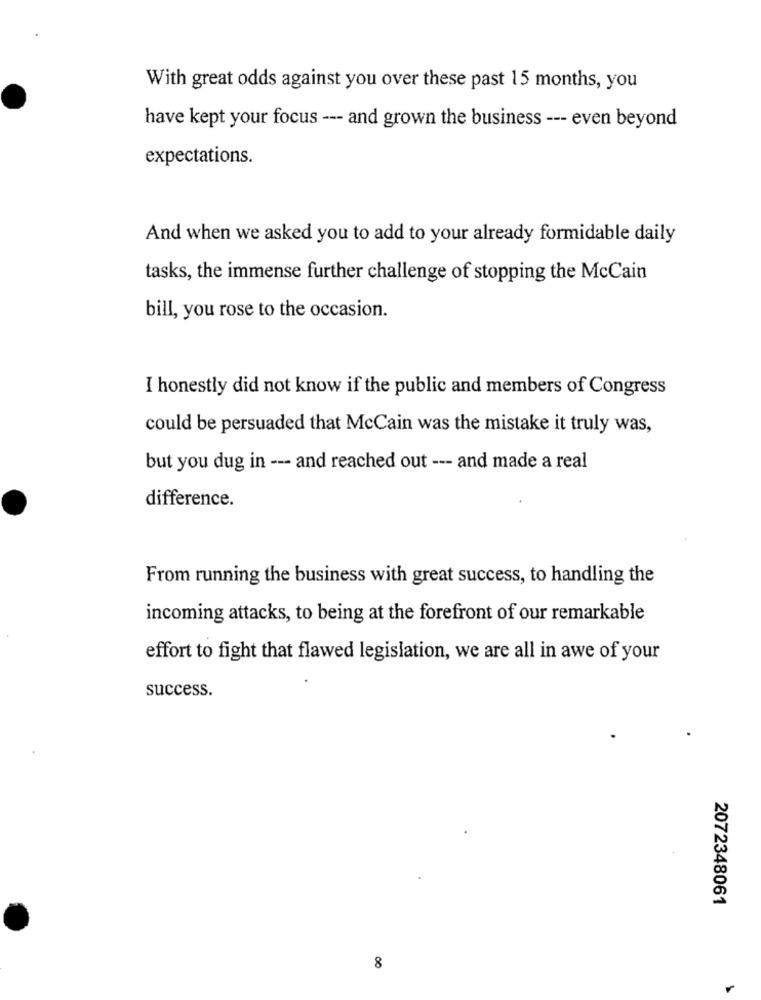
With great odds against you over these past 15 months, you
have kept your focus --- and grown the business --- even beyond
expectations.
And when we asked you to add to your already formidable daily
tasks, the immense further challenge of stopping the McCain
bill, you rose to the occasion.
I honestly did not know if the public and members of Congress
could be persuaded that McCain was the mistake it truly was,
but you dug in --- and reached out --- and made a real
difference.
From running the business with great success, to handling the
incoming attacks, to being at the forefront of our remarkable
effort to fight that flawed legislation, we are all in awe of your
success.
2072348061
8